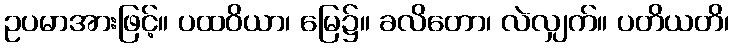
ဥပမာအားဖြင့်။ ပထဝိယာ၊ မြေ၌။ ခလိတော၊ လဲလျှက်။ ပတိယတိ၊